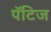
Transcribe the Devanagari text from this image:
पॅटिज